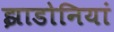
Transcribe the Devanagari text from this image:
झाडोनियां